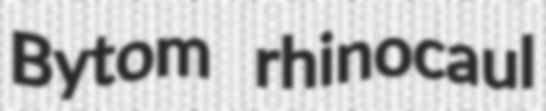
Bytom rhinocaul